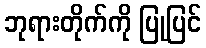
ဘုရားတိုက်ကို ပြုပြင်